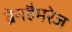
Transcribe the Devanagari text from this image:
ब्रेनहैमरेज